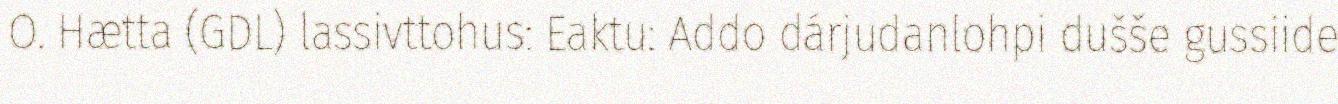
O. Hætta (GDL) lassivttohus: Eaktu: Addo dárjudanlohpi dušše gussiide